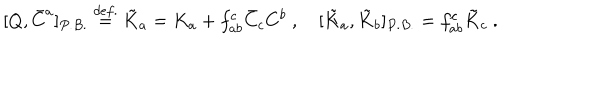
[ Q , \bar { C } ^ { a } ] _ { P . B . } \stackrel { d e f . } { = } \tilde { K } _ { a } = K _ { a } + f _ { a b } ^ { c } \bar { C } _ { c } C ^ { b } ~ , ~ [ \tilde { K } _ { a } , \tilde { K } _ { b } ] _ { P . B . } = f _ { a b } ^ { c } \tilde { K } _ { c } ~ .